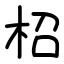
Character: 柖